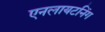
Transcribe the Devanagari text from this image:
एनलायटनिंग